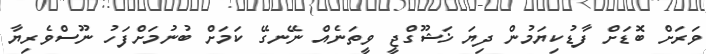
ވަރަށް ބޮޑަށް ފާޑުކިޔަމުން ދިޔަ ޚަޝޫގްޖީ ވީތަނެއް ނޭނގޭ ކަމަށް ބުނުމަށްފަހު ނޫސްވެރިޔާ